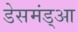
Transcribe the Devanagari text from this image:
डेसमंड्आ